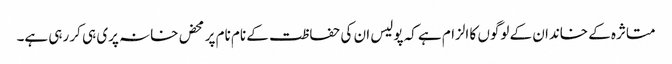
متاثرہ کے خاندان کے لوگوں کا الزام ہے کہ پولیس ان کی حفاظت کے نام نام پر محض خانہ پری ہی کر رہی ہے۔